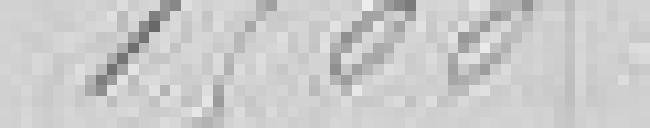
1 500